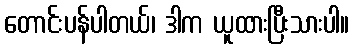
တောင်းပန်ပါတယ်၊ ဒါက ယူထားပြီးသားပါ။